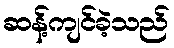
ဆန့်ကျင်ခဲ့သည်